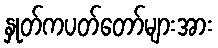
နှုတ်ကပတ်တော်များအား